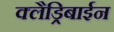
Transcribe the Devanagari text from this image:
क्लैड्रिबाईन